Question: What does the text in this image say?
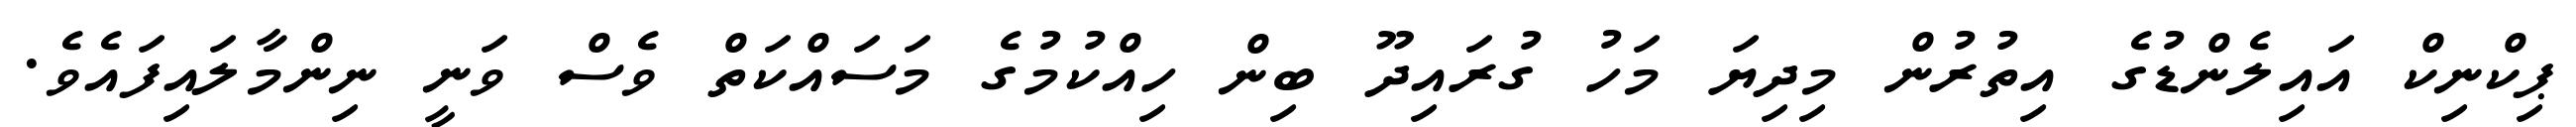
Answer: ޕިކްނިކް އައިލެންޑުގެ އިތުރުން މިދިޔަ މަހު ގުރައިދޫ ބިން ހިއްކުމުގެ މަސައްކަތް ވެސް ވަނީ ނިންމާލައިފައެވެ.